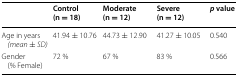
<table><thead><tr><td></td><td><b>Control (n = 18)</b></td><td><b>Moderate (n = 12)</b></td><td><b>Severe (n = 12)</b></td><td><b><i>p</i> value</b></td></tr></thead><tbody><tr><td>Age in years <i>(mean</i> <i>± </i><i>SD)</i></td><td>41.94 ± 10.76</td><td>44.73 ± 12.90</td><td>41.27 ± 10.05</td><td>0.540</td></tr><tr><td>Gender (% Female)</td><td>72 %</td><td>67 %</td><td>83 %</td><td>0.566</td></tr></tbody></table>